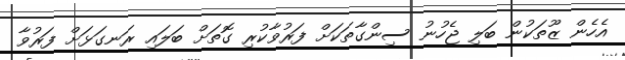
އެހެން ޒޫތަކުން ބަލި ޖެހުނު ސިންގާތަކަށް ފަރުވާކުރި ގޮތަށް ބަލައި ރަނގަޅަށް ފަރުވާ